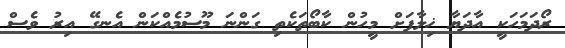
ރޯދަމަހަކީ އާދަޔާ ޚިލާފަށް މީހުން ކާބޯތަކެތި ގަންނަ މޫސުމެއްކަން އެނގޭ އިރު ވެސް